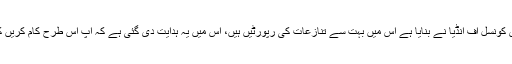
آپ نے دیکھا ہوگا کہ جو ضابطہ اخلاق پریس کونسل آف انڈیا نے بنایا ہے اس میں بہت سے تنازعات کی رپورٹیں ہیں، اس میں یہ ہدایت دی گئی ہے کہ آپ اس طرح کام کریں کہ ایک تنازعہ سے دوسرا تنازعہ کھڑا نہ ہو۔